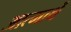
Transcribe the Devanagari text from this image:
आत्मार्थे